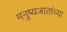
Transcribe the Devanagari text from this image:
मनुष्यजातांच्या